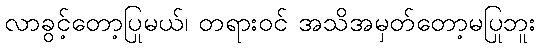
လာခွင့်တော့ပြုမယ်၊ တရားဝင် အသိအမှတ်တော့မပြုဘူး